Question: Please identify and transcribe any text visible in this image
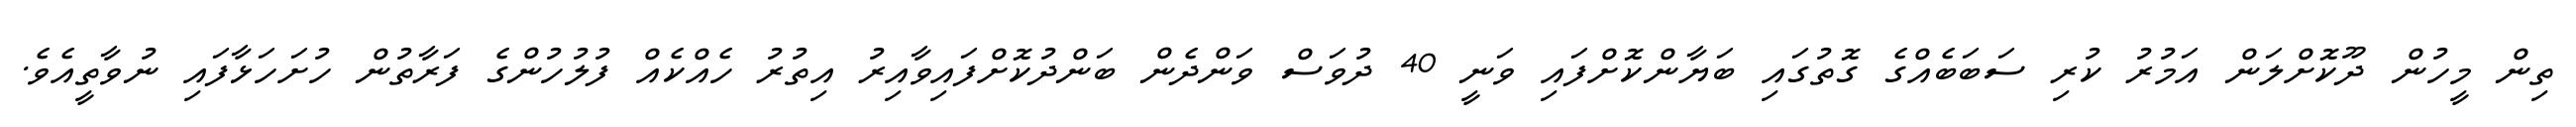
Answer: ތިން މީހުން ދޫކޮށްލަން އަމުރު ކުރި ސަބަބެއްގެ ގޮތުގައި ބަޔާންކޮށްފައި ވަނީ 40 ދުވަސް ވަންދެން ބަންދުކޮށްފައިވާއިރު އިތުރު ހެއްކެއް ފުލުހުންގެ ފަރާތުން ހުށަހަޅާފައި ނުވާތީއެވެ.